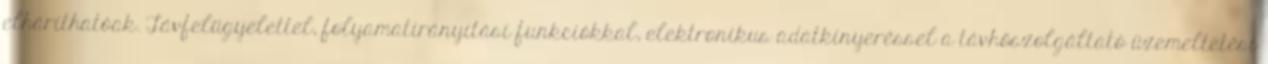
elháríthatóak. Távfelügyelettel, folyamatirányítási funkciókkal, elektronikus adatkinyeréssel a távhőszolgáltató üzemeltetési